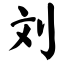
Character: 刘